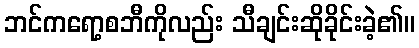
ဘင်ကရော့စဘီကိုလည်း သီချင်းဆိုခိုင်းခဲ့၏။